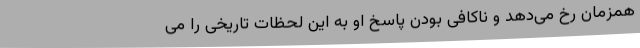
همزمان رخ می‌دهد و ناکافی بودن پاسخ او به این لحظات تاریخی را می